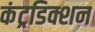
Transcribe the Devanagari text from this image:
कंट्रडिक्शन